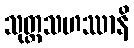
သုတ္တသဟဿာနိ